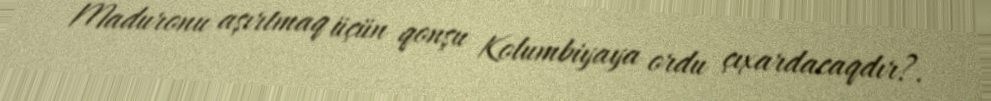
Maduronu aşırtmaq üçün qonşu Kolumbiyaya ordu çıxardacaqdır?.